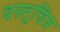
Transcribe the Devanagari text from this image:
वस्तूचित्र